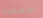
الفطيرة